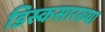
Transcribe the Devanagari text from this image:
डिस्कसारख्या